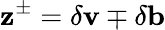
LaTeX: \mathbf{z}^{\pm}=\delta\mathbf{v}\mp\delta\mathbf{b}